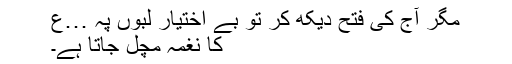
مگر آج کی فتح دیکھ کر تو بے اختیار لبوں پہ …ع
کا نغمہ مچل جاتا ہے۔